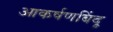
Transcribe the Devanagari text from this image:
आकर्षणबिंदू